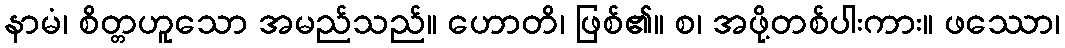
နာမံ၊ စိတ္တဟူသော အမည်သည်။ ဟောတိ၊ ဖြစ်၏။ စ၊ အဖို့တစ်ပါးကား။ ဖဿော၊